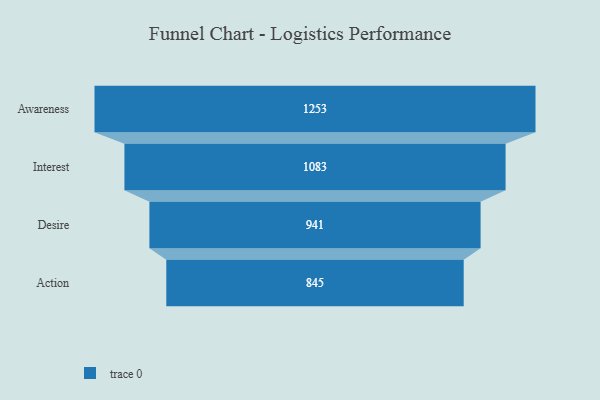
{"axis": {"x": "Stage", "y": "Value"}, "legend": [""], "data": [{"x": "Awareness", "y": 1253.0, "type": ""}, {"x": "Interest", "y": 1083.0, "type": ""}, {"x": "Desire", "y": 941.0, "type": ""}, {"x": "Action", "y": 845.0, "type": ""}]}